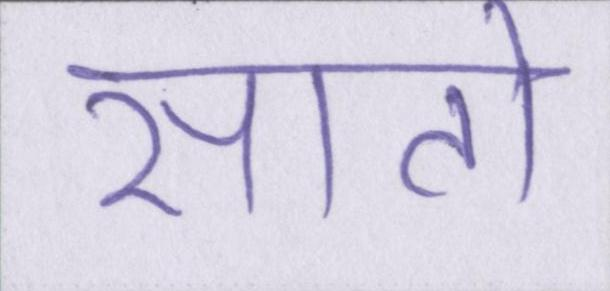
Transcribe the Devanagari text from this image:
सातो